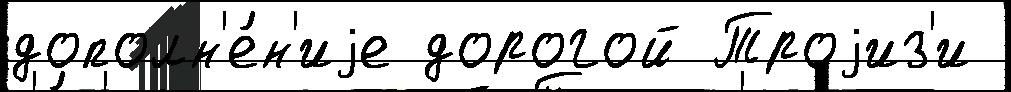
дополн'е́н'иjе дорогой Троjиз'и